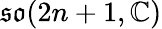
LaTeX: {\mathfrak{so}}(2n+1,\mathbb{C})